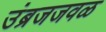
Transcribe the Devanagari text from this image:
उंब्रजजवळ